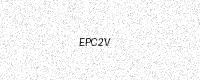
Text: EPC2V